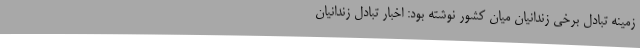
زمینه تبادل برخی زندانیان میان کشور نوشته بود: اخبار تبادل زندانیان